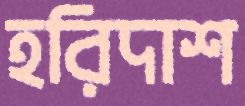
হরিদাশ